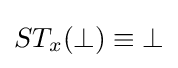
ST_{x}(\bot )\equiv \bot